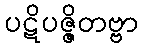
ပဋိပဇ္ဇိတဗ္ဗာ